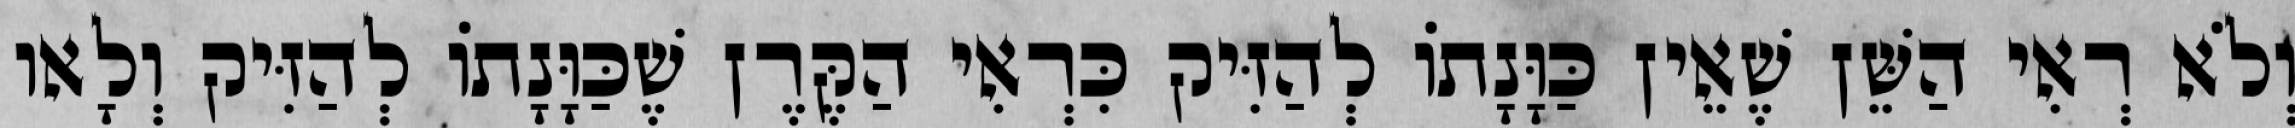
וְלֹא רְאִי הַשֵּׁן שֶׁאֵין כַּוָּנָתוֹ לְהַזִּיק כִּרְאִי הַקֶּרֶן שֶׁכַּוָּנָתוֹ לְהַזִּיק וְלָאו